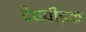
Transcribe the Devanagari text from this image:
देवपीड़क